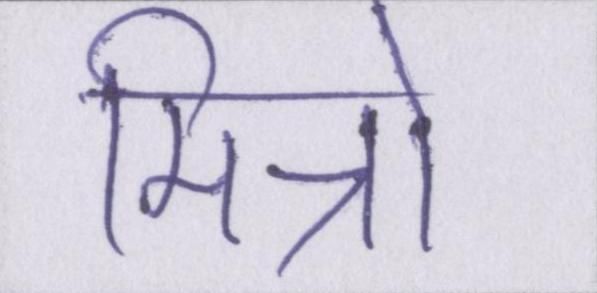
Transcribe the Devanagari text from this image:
मित्रो